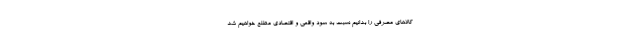
کالاهای مصرفی را بدانیم نسبت به سود واقعی و اقتصادی مطلع خواهیم شد